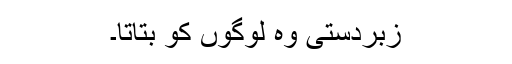
زبردستی وہ لوگوں کو بتاتا۔